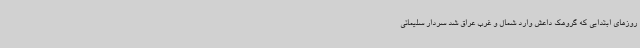
روزهای ابتدایی که گروهک داعش وارد شمال و غرب عراق شد سردار سلیمانی